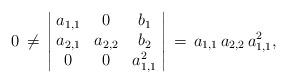
LaTeX: \begin{align*}0\,\neq\,\left\vert\!\begin{array}{ccc}a_{1,1} & 0 & b_1\\a_{2,1} & a_{2,2} & b_2\\0 & 0 & a_{1,1}^2\end{array}\!\right\vert\,=\,a_{1,1}\,a_{2,2}\,a_{1,1}^2,\end{align*}